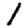
Digit: 1